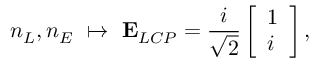
n _ { L } , n _ { E } \ \mapsto \ \mathbf { { E } } _ { L C P } = \frac { i } { \sqrt { 2 } } \left[ \begin{array} { l } { 1 } \\ { i } \end{array} \right] ,